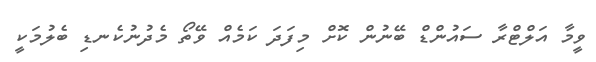
ވީމާ އަލްޓްރާ ސައުންޑް ބޭނުން ކޮށް މިފަދަ ކަމެއް ވޭތޯ މެދުނުކެނޑި ބެލުމަކީ